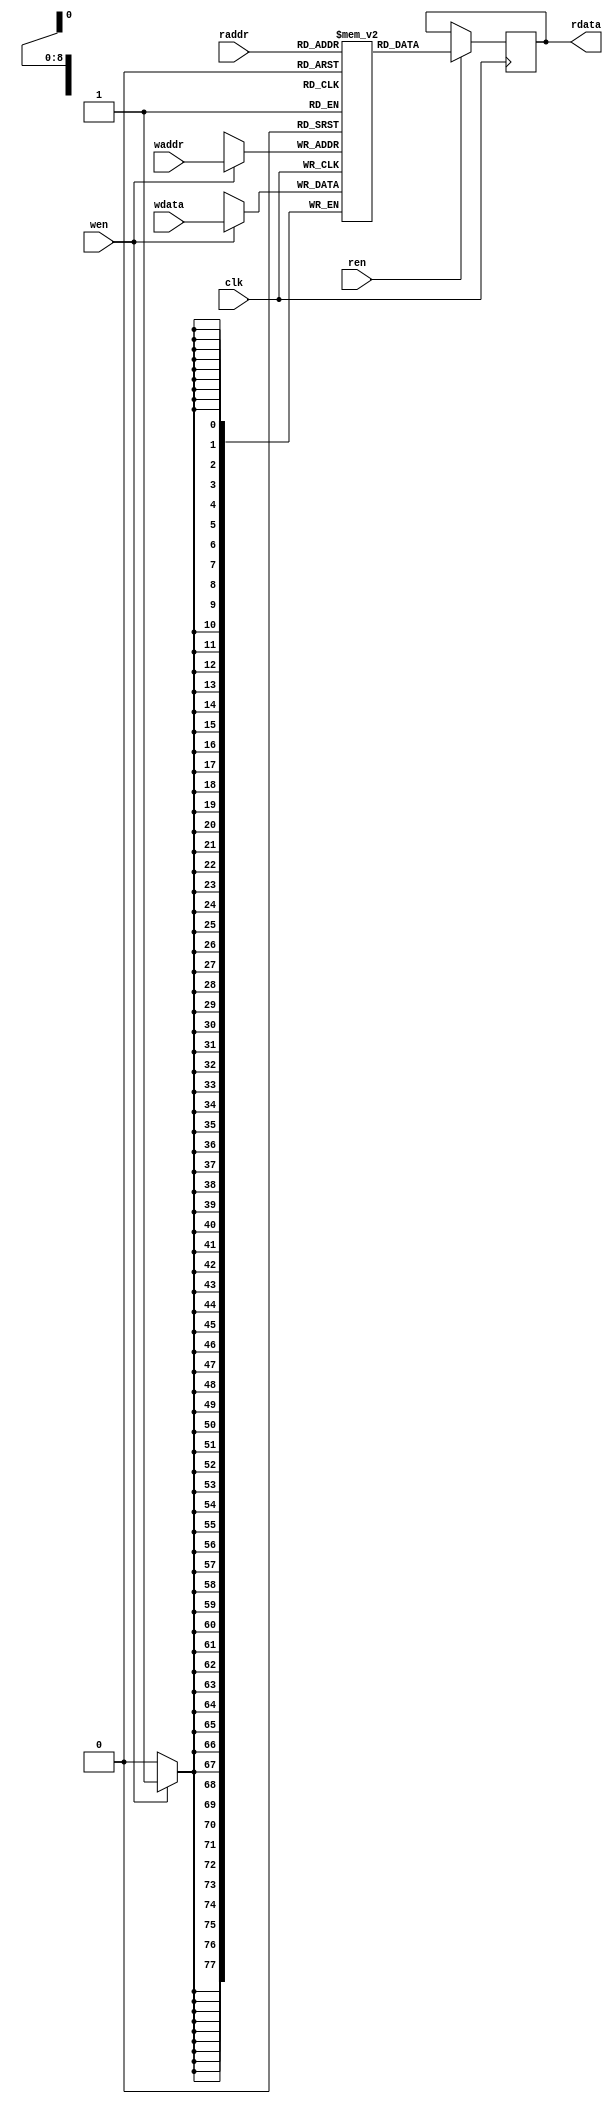
module openhmc_ram #(
        parameter DATASIZE  = 78,   
        parameter ADDRSIZE  = 9,    
        parameter PIPELINED = 0     
    ) (
        input wire                  clk,
        input wire                  wen,
        input wire [DATASIZE-1:0]   wdata,
        input wire [ADDRSIZE-1:0]   waddr,
        input wire                  ren,
        input wire [ADDRSIZE-1:0]   raddr,
        output wire [DATASIZE-1:0]  rdata
    );
    wire [DATASIZE-1:0] rdata_ram;
    generate
        if (PIPELINED == 0)
        begin
            assign rdata    = rdata_ram;
        end
        else
        begin
            reg [DATASIZE-1:0]  rdata_dly;
            reg                 ren_dly;
            assign rdata    = rdata_dly;
            always @(posedge clk)
            begin
                ren_dly         <= ren;
                if (ren_dly)
                    rdata_dly   <= rdata_ram;
            end
        end
    endgenerate
    reg [DATASIZE-1:0]  MEM [0:(2**ADDRSIZE)-1];
    reg [DATASIZE-1:0]  data_out;
    assign rdata_ram = data_out;
    always @(posedge clk)
    begin
        if (wen)
            MEM[waddr]  <= wdata;
    end
    always @(posedge clk)
    begin
        if (ren)
            data_out    <= MEM[raddr];
    end
endmodule